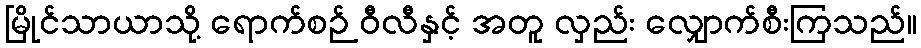
မြိုင်သာယာသို့ ရောက်စဉ် ဝီလီနှင့် အတူ လှည်း လျှောက်စီးကြသည်။